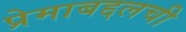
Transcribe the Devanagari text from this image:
प्रेमाबद्दलची